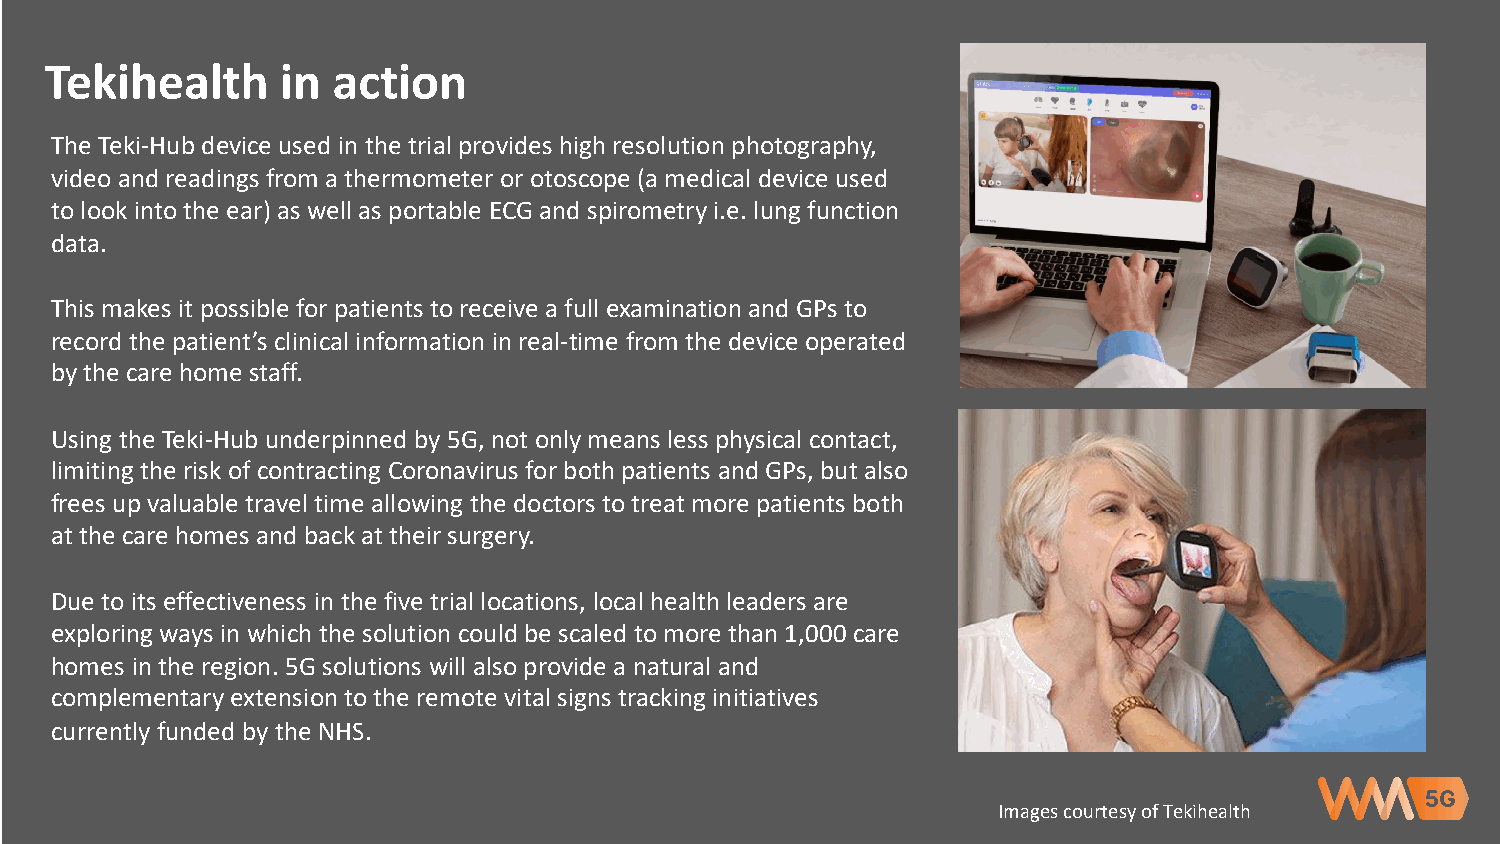
Tekihealth      in action
 The Teki-Hub device used in the trial provides high resolution photography,
 video and readings from a thermometer or otoscope (a medical device used
 to look into the ear) as well as portable ECG and spirometry i.e. lung function
 data.
 This makes it possible for patients to receive a full examination and GPs to
 record the patient’s clinical information in real-time from the device operated
 by the care home staff.
 Using the Teki-Hub underpinned by 5G, not only means less physical contact,
 limiting the risk of contracting Coronavirus for both patients and GPs, but also
 frees up valuable travel time allowing the doctors to treat more patients both
 at the care homes and back at their surgery.
 Due to its effectiveness in the five trial locations, local health leaders are
 exploring ways in which the solution could be scaled to more than 1,000 care
 homes in the region. 5G solutions will also provide a natural and
 complementary extension to the remote vital signs tracking initiatives
 currently funded by the NHS.
 Images courtesy of Tekihealth